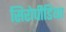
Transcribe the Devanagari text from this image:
सिरोपीडिया